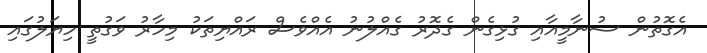
އެގޮތުން ސުނާމީއާއި ގުޅިގެން ގެދޮރު ގެއްލުނު އެއްވެސް ރައްޔިތަކު މިހާރު ވަގުތީ ހިޔަލުގައި